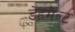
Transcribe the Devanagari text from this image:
डेहमेल्ट